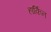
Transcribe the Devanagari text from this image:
हार्किन